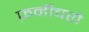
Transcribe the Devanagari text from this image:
फ़र्नीचरों